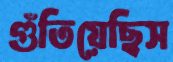
গুঁতিয়েছিস